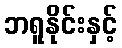
ဘရူနိုင်းနှင့်